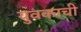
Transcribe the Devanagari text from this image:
युवकाची